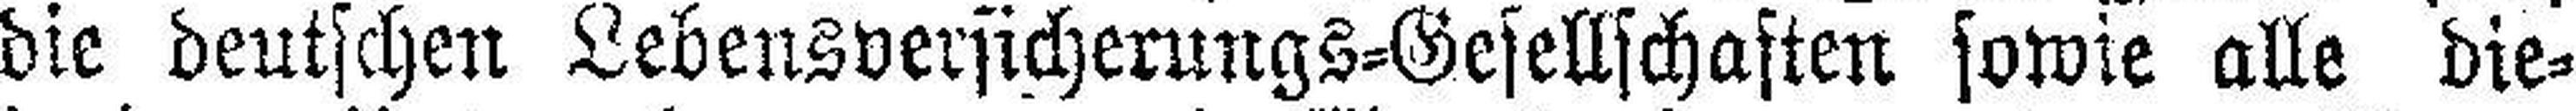
die deutschen Lebensversicherungs=Gesellschaften sowie alle die¬